Annual administration report of the Civil Veterinary Department of India - 1893-1894
Year: 1893
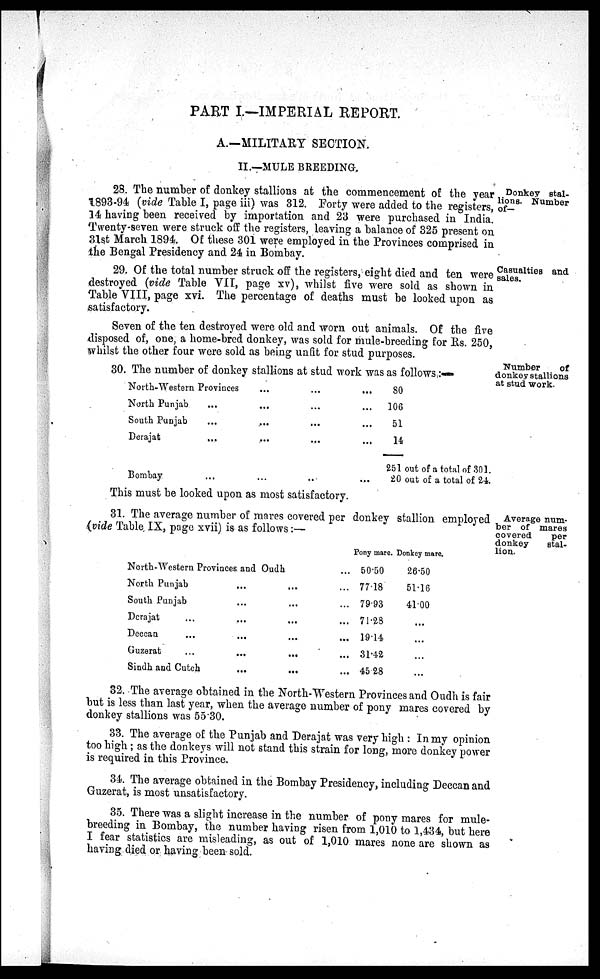
PART I.—IMPERIAL REPORT.
A.—MILITARY SECTION.
II.—MULE BREEDING.
Donkey stal-
lions. Number
of-
28. The number of donkey stallions at the commencement of the year
1893-94 (vide Table I, page iii) was 312. Forty were added to the registers,
14 having been received by importation and 23 were purchased in India.
Twenty-seven were struck off the registers, leaving a balance of 325 present on
31st March 1894. Of these 301 were employed in the Provinces comprised in
the Bengal Presidency and 24 in Bombay.
Casualties and
sales.
29. Of the total number struck off the registers, eight died and ten were
destroyed (vide Table VII, page XV), whilst five were sold as shown in
Table VIII, page xvi. The percentage of deaths must be looked upon as
satisfactory.
Seven of the ten destroyed were old and worn out animals. Of the five
disposed of, one, a home-bred donkey, was sold for mule-breeding for Rs. 250,
whilst the other four were sold as being unfit for stud purposes.
Number
of
donkey stallions
at stud work.
30. The number of donkey stallions at stud work was as follows :—
North-Western Provinces... ... ...
North Punjab … ... ... ...
South Punjab … ... ... ...
Derajat ... ... ... ...
Bombay … ... ... ...
80
106
51
14
251 out of a total of 301.
20 out of a total of 24.
This must be looked upon as most satisfactory.
31. The average number of mares covered per donkey stallion employed
(vide Table IX, page xvii) is as follows:—
Average num-
ber of mares
covered
per
donkey
stal-
lion.
North-Western Provinces and Oudh ...
North Punjab … … ...
South Punjab … … ...
Derajat … … … ...
Deccan … … … ...
Guzerat
…
…
…
...
Sindh and Cutch ... ...
...
Pony mare.
50.50
77.18
79.93
71.28
19.14
31.42
45.28
Donkey mare.
26.50
51.16
41.00
...
...
...
…
32. The average obtained in the North-Western Provinces and Oudh is fair
but is less than last year, when the average number of pony mares covered by
donkey stallions was 55.30.
33. The average of the Punjab and Derajat was very high : In my opinion
too high ; as the donkeys will not stand this strain for long, more donkey power
is required in this Province.
34. The average obtained in the Bombay Presidency, including Deccan and
Guzerat, is most unsatisfactory.
35. There was a slight increase in the number of pony mares for mule-
breeding in Bombay, the number having risen from 1,010 to 1,434, but here
I fear statistics are misleading, as out of 1,010 mares none are shown as
having died or having been sold.